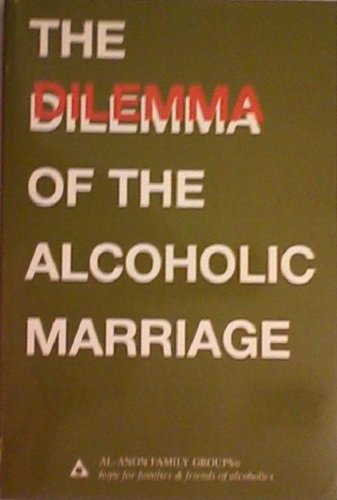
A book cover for The Dilemma of the Alcoholic Marriage; Al-Anon Family Group Head Inc; Health, Fitness & Dieting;